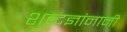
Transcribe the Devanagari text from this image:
शब्दज्ञांनानी